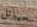
سياتل